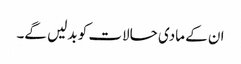
ان کے مادی حالات کو بدلیں گے۔